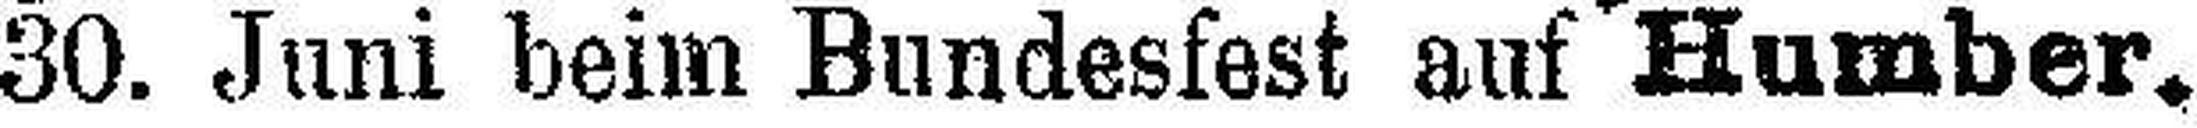
30. Juni beim Bundesfest auf Humber.